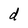
Character: d